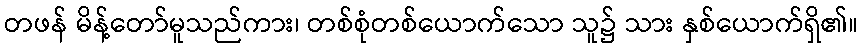
တဖန် မိန့်တော်မူသည်ကား၊ တစ်စုံတစ်ယောက်သော သူ၌ သား နှစ်ယောက်ရှိ၏။